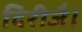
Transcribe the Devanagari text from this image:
दिरीजै।